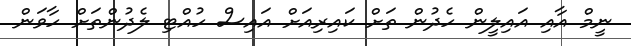
ނީމް އާއި އައިލީން ހެދުން ތަށް ކައިރިއަށް އައިސް ހުއްޓި ލެދުންތަށް ހާވަން